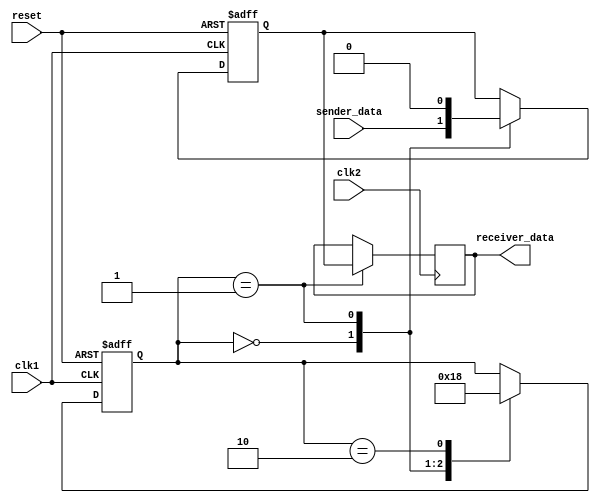
module synchronizer (
  input wire clk1, // clock for sender module
  input wire clk2, // clock for receiver module
  input wire reset, // reset signal
  input wire sender_data, // data from sender module
  output wire receiver_data // data to receiver module
);

reg sender_data_sync;
reg [1:0] state;

always @(posedge clk1 or posedge reset) begin
  if (reset) begin
    sender_data_sync <= 1'b0;
    state <= 2'b00;
  end else begin
    case (state)
      2'b00: begin
        sender_data_sync <= sender_data;
        state <= 2'b01;
      end
      2'b01: begin
        sender_data_sync <= 1'b0;
        state <= 2'b10;
      end
      2'b10: begin
        state <= 2'b00;
      end
    endcase
  end
end

always @(posedge clk2) begin
  case (state)
    2'b01: begin
      receiver_data <= sender_data_sync;
    end
    2'b10: begin
      // confirm successful reception
    end
  endcase
end

endmodule